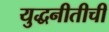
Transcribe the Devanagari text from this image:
युद्धनीतीची